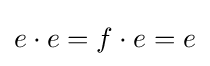
e\cdot e=f\cdot e=e